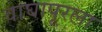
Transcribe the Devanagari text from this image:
वाघापूरला